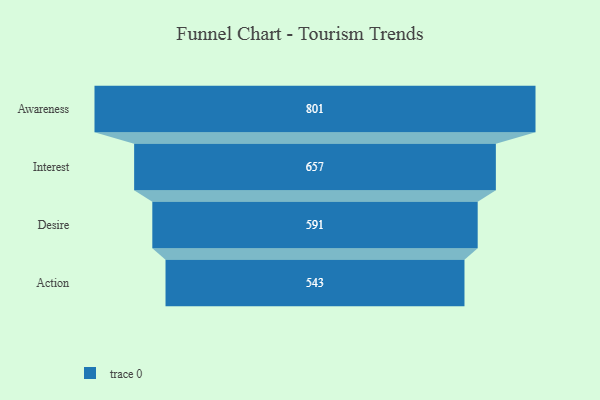
{"axis": {"x": "Stage", "y": "Value"}, "legend": [""], "data": [{"x": "Awareness", "y": 801.0, "type": ""}, {"x": "Interest", "y": 657.0, "type": ""}, {"x": "Desire", "y": 591.0, "type": ""}, {"x": "Action", "y": 543.0, "type": ""}]}